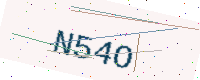
Text: N54O